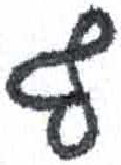
אות: ף